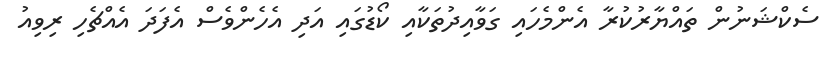
ސެކްޝަނުން ތައްޔާރުކުރާ އެންމެހައި ގަވާއިދުތަކާއި ކޯޑުގައި އަދި އެހެންވެސް އެފަދަ އެއްޗެހި ރިވިއު